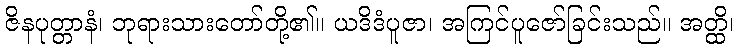
ဇိနပုတ္တာနံ၊ ဘုရားသားတော်တို့၏။ ယဒိဒံပူဇာ၊ အကြင်ပူဇော်ခြင်းသည်။ အတ္ထိ၊